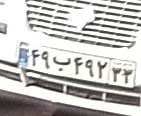
۴۹ب۴۹۲۳۳